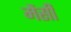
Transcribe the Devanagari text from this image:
मेंसी